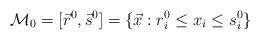
LaTeX: \begin{align*}\mathcal M_0 = [\vec r^0, \vec s^0] = \{ \vec x : r^0_i \le x_i \le s^0_i \}\end{align*}